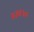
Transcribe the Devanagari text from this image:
२३६५०